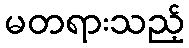
မတရားသည့်